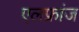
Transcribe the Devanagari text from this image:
एलफ्रांज